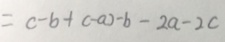
= c - b + ( - a ) - b - 2 a - 2 c